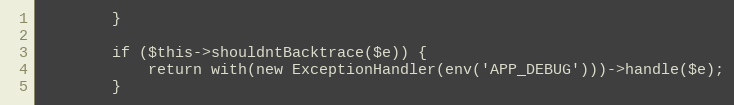
Language: PHP
        }

        if ($this->shouldntBacktrace($e)) {
            return with(new ExceptionHandler(env('APP_DEBUG')))->handle($e);
        }